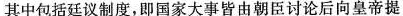
其中包括廷议制度，即国家大事皆由朝臣讨论后向皇帝提